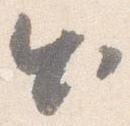
出